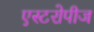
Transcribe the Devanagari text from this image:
एस्टरोपीज